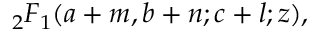
{ } _ { 2 } F _ { 1 } ( a + m , b + n ; c + l ; z ) ,